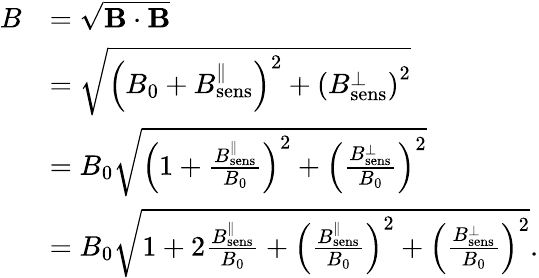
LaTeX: \begin{array}{rl}{B}&{=\sqrt{\mathbf{B}\cdot\mathbf{B}}}\\ &{=\sqrt{\left(B_{0}+B_{\mathrm{sens}}^{\parallel}\right)^{2}+\left(B_{\mathrm{sens}}^{\perp}\right)^{2}}}\\ &{=B_{0}\sqrt{\left(1+\frac{B_{\mathrm{sens}}^{\parallel}}{B_{0}}\right)^{2}+\left(\frac{B_{\mathrm{sens}}^{\perp}}{B_{0}}\right)^{2}}}\\ &{=B_{0}\sqrt{1+2\frac{B_{\mathrm{sens}}^{\parallel}}{B_{0}}+\left(\frac{B_{\mathrm{sens}}^{\parallel}}{B_{0}}\right)^{2}+\left(\frac{B_{\mathrm{sens}}^{\perp}}{B_{0}}\right)^{2}}.}\end{array}